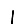
Digit: 1